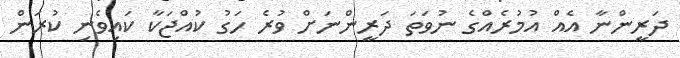
ދަރީންނާ އެއް އުމުރެއްގެ ނުވަތަ ދަރީންނަށް ވުރެ ހަގު ކުއްޖަކާ ކައިވެނި ކުރަން